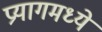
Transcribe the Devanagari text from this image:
प्रयागमध्ये